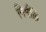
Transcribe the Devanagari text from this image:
निर्मलि